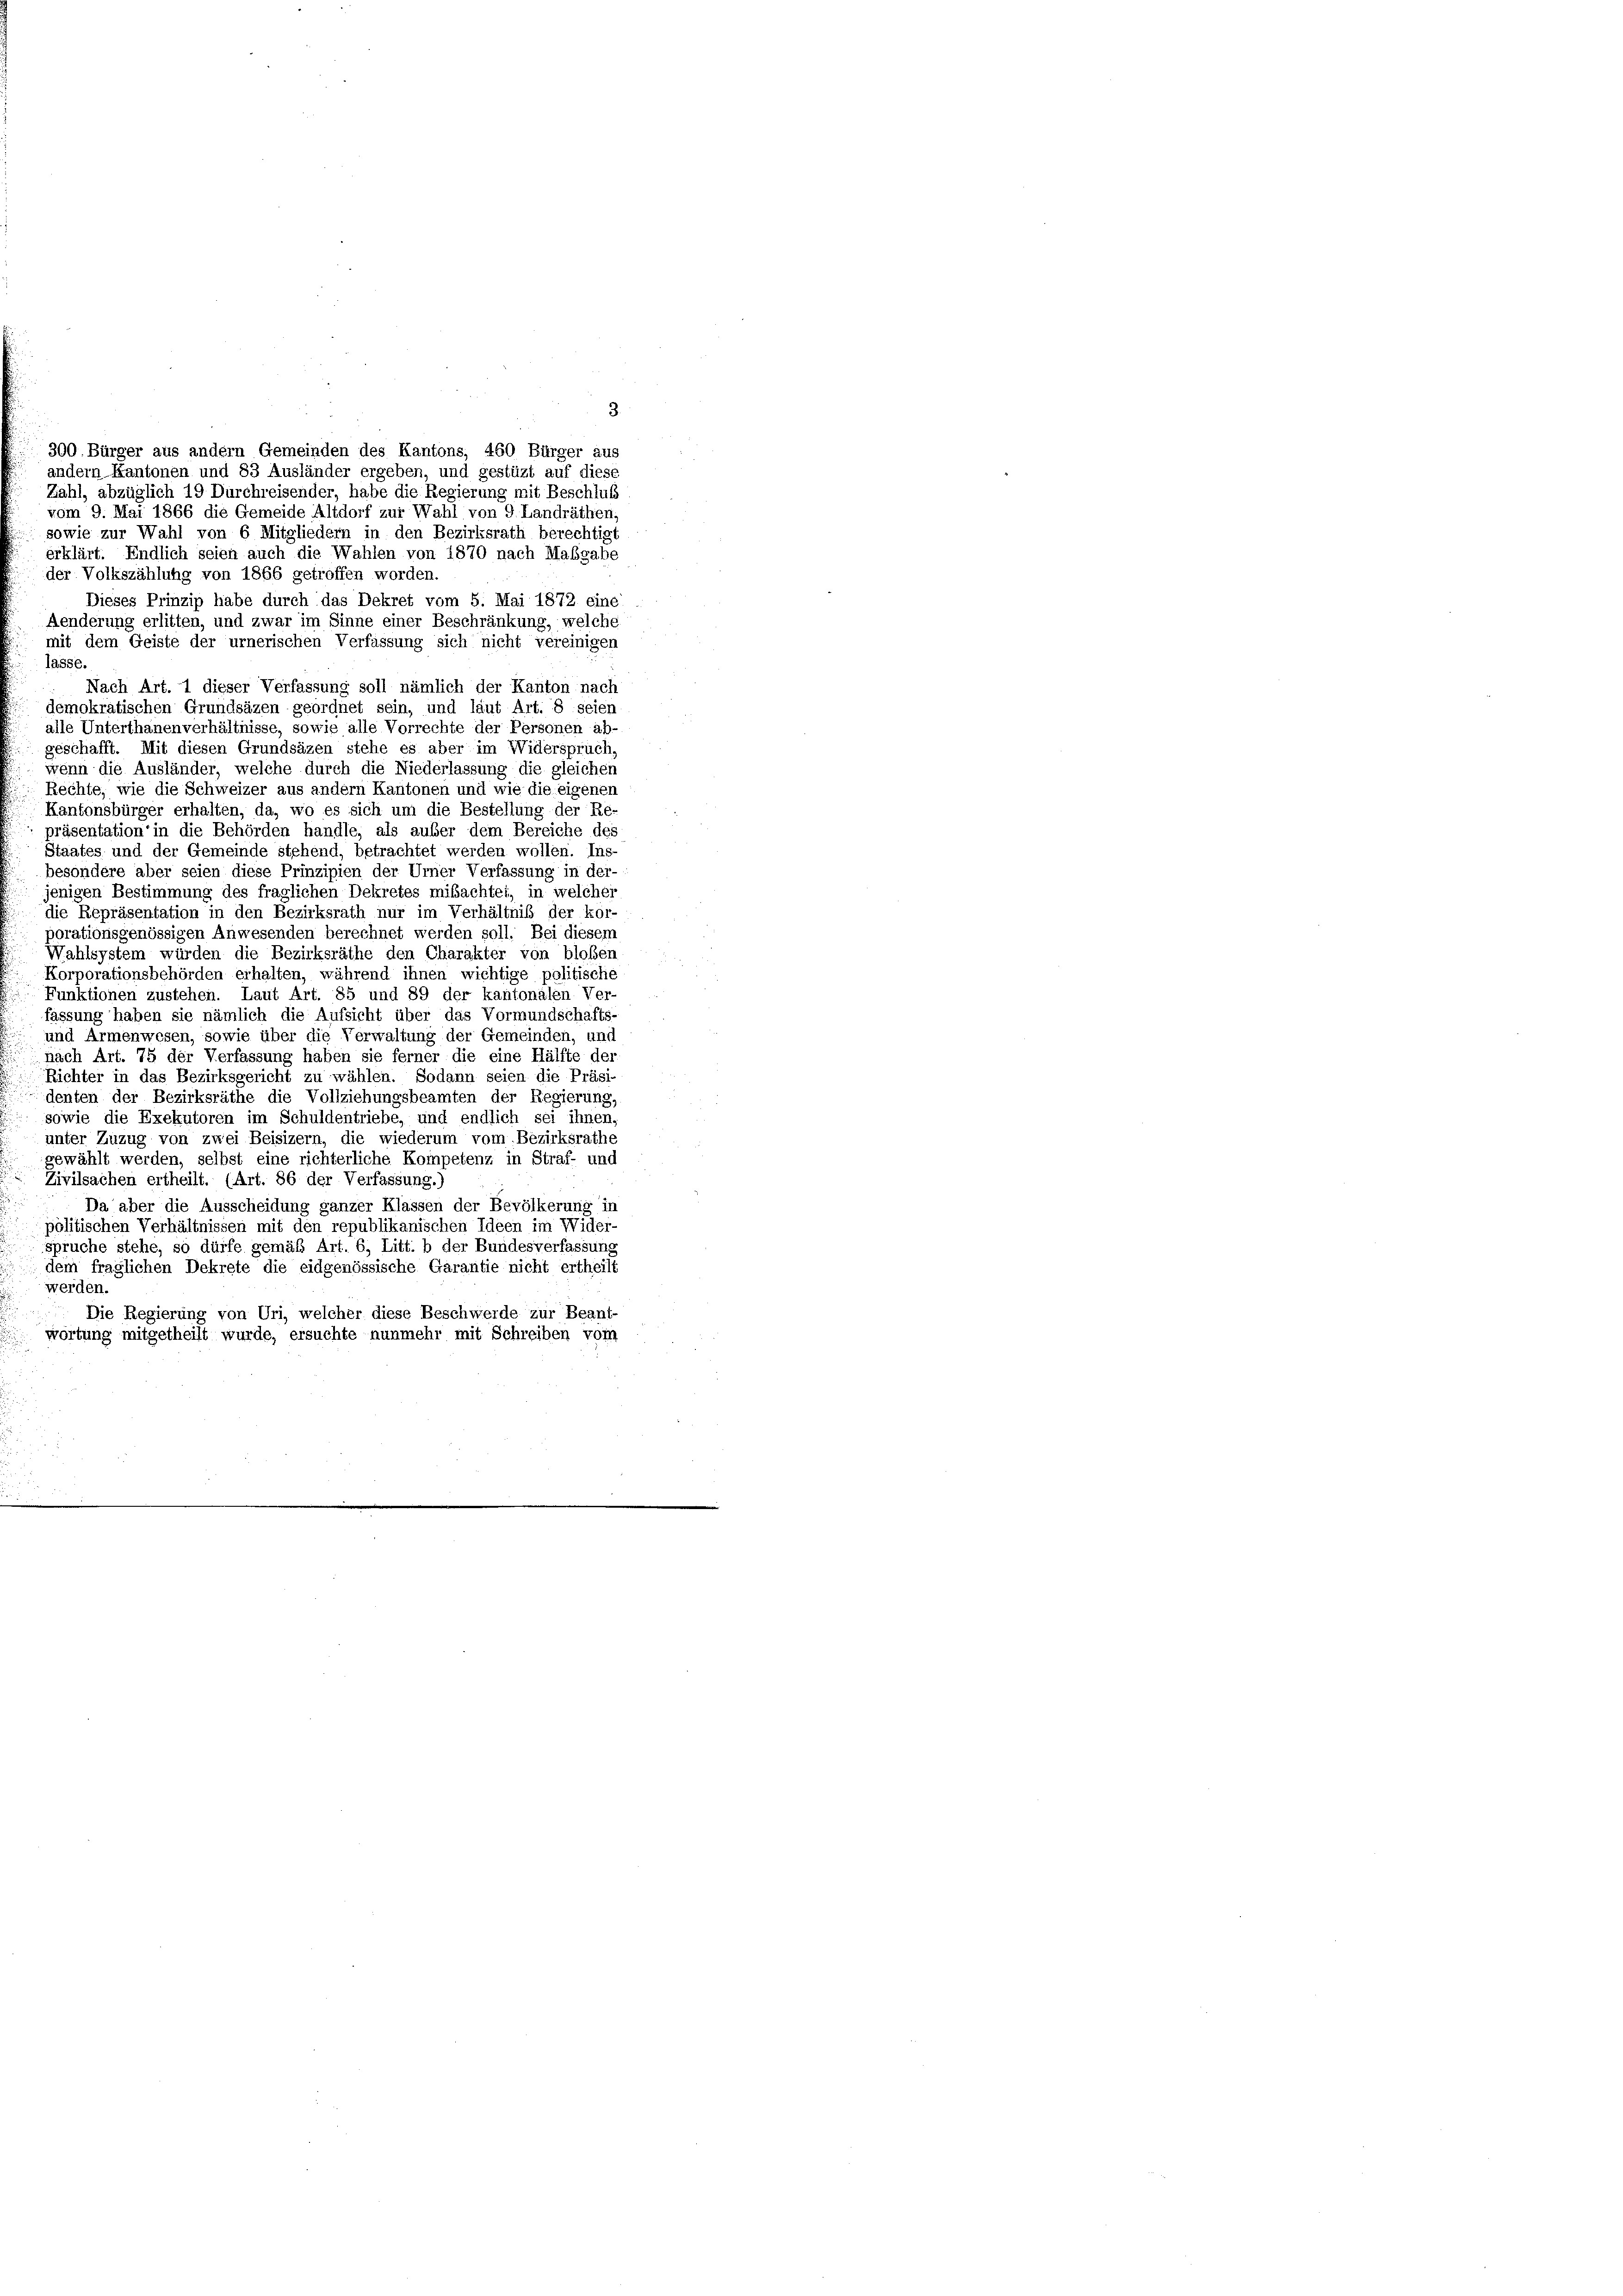
3.
andern Kantonen und 83 Ausländer ergeben, und gestüzt auf diese
Zahl, abzüglich 19 Durchreisender, habe die Regierung mit Beschluß
vom 9. Mai 1866 die Gemeide Altdorf zur Wahl von 9 Landräthen,
sowie zur Wahl von 6 Mitgliedern in den Bezirksrath berechtigt
erklärt. Endlich seien auch die Wahlen von 1870 nach Maßgabe
der Volkszählung von 1866 getroffen worden.
Dieses Prinzip habe durch das Dekret vom 5. Mai 1872 eine
Aenderung erlitten, und zwar im Sinne einer Beschränkung, welche
mit dem Geiste der urnerischen Verfassung sich nicht vereinigen
lasse.
Nach Art. 1 dieser Verfassung soll nämlich der Kanton nach
demokratischen Grundsäzen geordnet sein, und laut Art. 8 seien
alle Unterthanenverhältnisse, sowie alle Vorrechte der Personen ab-
geschafft. Mit diesen Grundsäzen stehe es aber im Widerspruch,
wenn die Ausländer, welche durch die Niederlassung die gleichen
Rechte, wie die Schweizer aus andern Kantonen und wie die eigenen
Kantonsbürger erhalten, da, wo es sich um die Bestellung der Re-
präsentation in die Behörden handle, als auber dem Bereiche des
Staates und der Gemeinde stehend, betrachtet werden wollen. Ins-
besondere aber seien diese Prinzipien der Urner Verfassung in der-
jenigen Bestimmung des fraglichen Dekretes missachtet, in welcher
die Repräsentation in den Bezirksrath nur im Verhältnis der kor-
porationsgenössigen Anwesenden berechnet werden soll. Bei diesem
Wahlsystem würden die Bezirksräthe den Charakter von bloßen
Korporationsbehörden erhalten, während ihnen wichtige politische
Funktionen zustehen. Laut Art. 85 und 89 der kantonalen Ver-
fassung haben sie nämlich die Aufsicht über das Vormundschafts-
und Armenwesen, sowie über die Verwaltung der Gemeinden, und
nach Art. 75 der Verfassung haben sie ferner die eine Hälfte der
Richter in das Bezirksgericht zu wählen. Sodann seien die Präsi-
denten der Bezirksräthe die Vollziehungsbeamten der Regierung
 sowie die Exekutoren im Schuldentriebe, und endlich sei ihnen,
unter Zuzug von zwei Beisizern, die wiederum vom Bezirksrathe
gewählt werden, selbst eine richterliche Kompetenz in Straf- und
Zivilsachen ertheilt. (Art. 86 der Verfassung.)
Da aber die Ausscheidung ganzer Klassen der Bevölkerung in
politischen Verhältnissen mit den republikanischen Ideen im Wider-
spruche stehe, so dürfe gemäß Art. 6, Litt. b der Bundesverfassung
dem fraglichen Dekrete die eidgenössische Garantie nicht ertheilt
werden.
Die Regierung von Uri, welcher diese Beschwerde zur Beant-
wortung mitgetheilt wurde, ersuchte nunmehr mit Schreiben vom

300. Bürger aus andern Gemeinden des Kantons, 460 Bürger aus